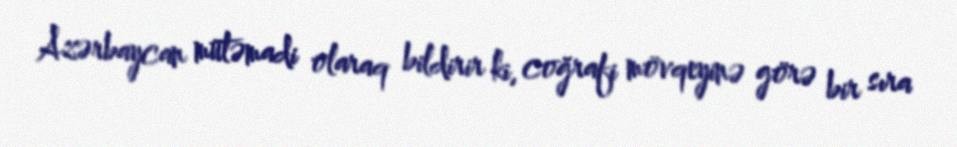
Azərbaycan mütəmadi olaraq bildirir ki, coğrafi mövqeyinə görə bir sıra